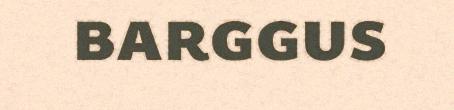
barggus